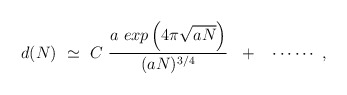
\begin{align*} d(N) ~ \simeq ~C ~\frac{a~exp\left( 4\pi \sqrt{aN}\right)}{(aN)^{3/4}} ~~+~~ \cdots\cdots~,\end{align*}